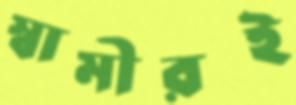
স্বামীরই